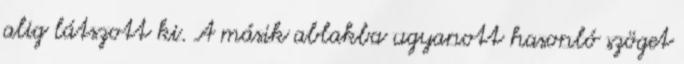
alig látszott ki. A másik ablakba ugyanott hasonló szöget